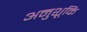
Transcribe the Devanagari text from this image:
अनुशूकि